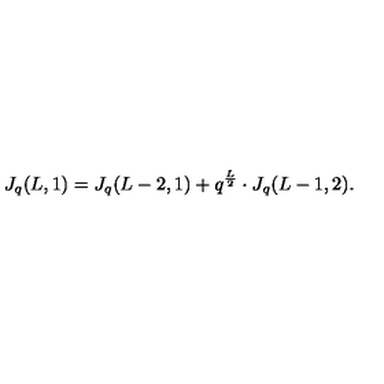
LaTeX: J _ { q } ( L , 1 ) = J _ { q } ( L - 2 , 1 ) + q ^ { \frac { L } { 2 } } \cdot J _ { q } ( L - 1 , 2 ) .